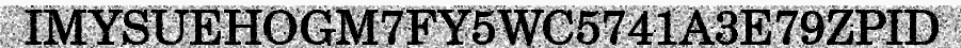
IMYSUEHOGM7FY5WC5741A3E79ZPID